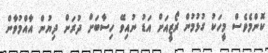
ކޮންމެވެސް މީހަކު ގުޅުމުން ރޯޒީއަށް އަޑު ނުއިވޭ ހިސާބަށް ދުރަށް ދިޔުން އާއްމުވާން